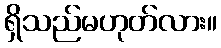
ရှိသည်မဟုတ်လား။